Treatise on elephants
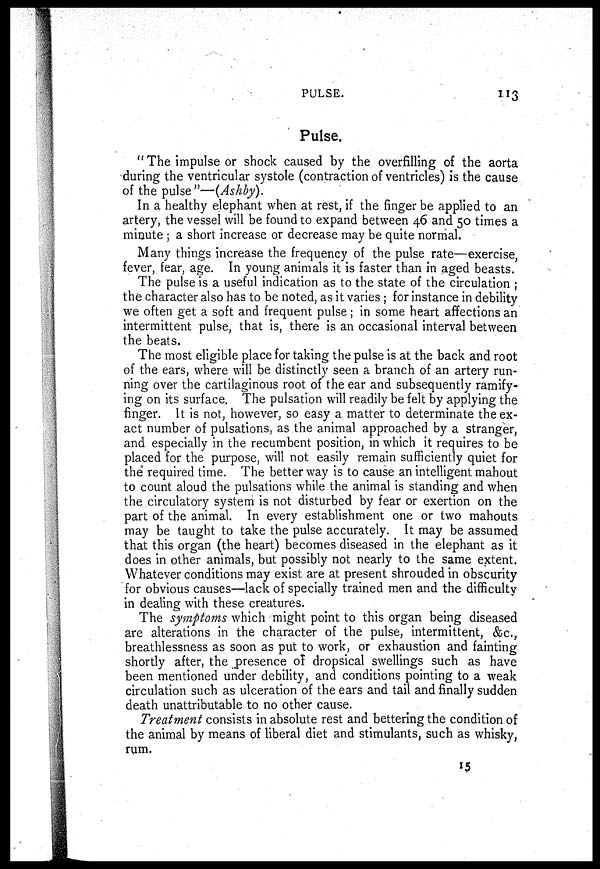
PULSE.
113
Pulse.
" The impulse or shock caused by the overfilling of the aorta
during the ventricular systole (contraction of ventricles) is the cause
of the pulse"—(Ashby).
In a healthy elephant when at rest, if the finger be applied to an
artery, the vessel will be found to expand between 46 and 50 times a
minute ; a short increase or decrease may be quite normal.
Many things increase the frequency of the pulse rate—exercise,
fever, fear, age. In young animals it is faster than in aged beasts.
The pulse is a useful indication as to the state of the circulation ;
the character also has to be noted, as it varies ; for instance in debility
we often get a soft and frequent pulse; in some heart affections an
intermittent pulse, that is, there is an occasional interval between
the beats.
The most eligible place for taking the pulse is at the back and root
of the ears, where will be distinctly seen a branch of an artery run-
ning over the cartilaginous root of the ear and subsequently ramify-
ing on its surface. The pulsation will readily be felt by applying the
finger. It is not, however, so easy a matter to determinate the ex-
act number of pulsations, as the animal approached by a stranger,
and especially in the recumbent position, in which it requires to be
placed for the purpose, will not easily remain sufficiently quiet for
the required time. The better way is to cause an intelligent mahout
to count aloud the pulsations while the animal is standing and when
the circulatory system is not disturbed by fear or exertion on the
part of the animal. In every establishment one or two mahouts
may be taught to take the pulse accurately. It may be assumed
that this organ (the heart) becomes diseased in the elephant as it
does in other animals, but possibly not nearly to the same extent.
Whatever conditions may exist are at present shrouded in obscurity
for obvious causes—lack of specially trained men and the difficulty
in dealing with these creatures.
The symptoms which might point to this organ being diseased
are alterations in the character of the pulse, intermittent, &c.,
breathlessness as soon as put to work, or exhaustion and fainting
shortly after, the presence of dropsical swellings such as have
been mentioned under debility, and conditions pointing to a weak
circulation such as ulceration of the ears and tail and finally sudden
death unattributable to no other cause.
Treatment consists in absolute rest and bettering the condition of
the animal by means of liberal diet and stimulants, such as whisky,
rum.
15